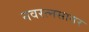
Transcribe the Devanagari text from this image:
नवरत्नसागर